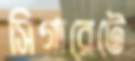
সিগারেটে